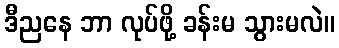
ဒီညနေ ဘာ လုပ်ဖို့ ခန်းမ သွားမလဲ။